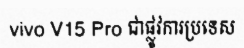
vivo V15 Pro ជាផ្លូវការប្រទេស